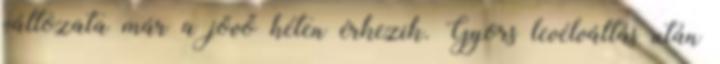
változata már a jövő héten érkezik. Gyors levélváltás után